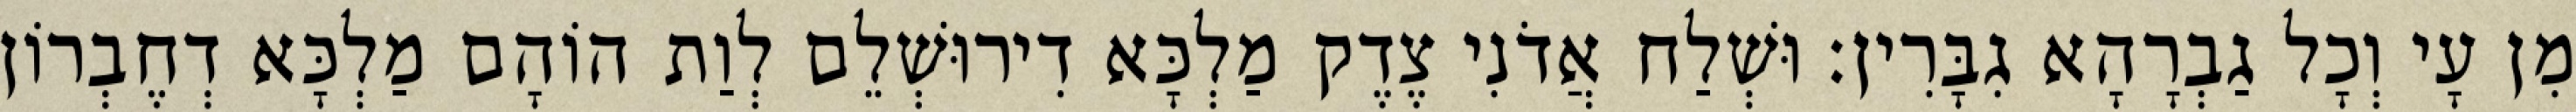
מִן עָי וְכָל גַבְרָהָא גִבָּרִין׃ וּשְׁלַח אֲדֹנִי צֶדֶק מַלְכָּא דִירוּשְׁלֵם לְוַת הוֹהָם מַלְכָּא דְחֶבְרוֹן